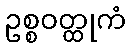
ဥစ္စဝတ္ထုကံ